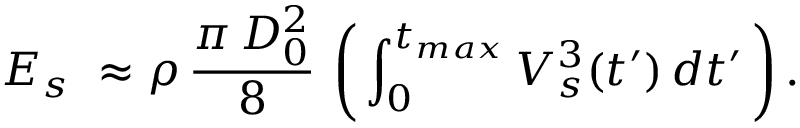
E _ { s } \ \approx \rho \, \frac { \pi \, D _ { 0 } ^ { 2 } } { 8 } \, \left( \, \int _ { 0 } ^ { t _ { m a x } } V _ { s } ^ { 3 } ( t ^ { \prime } ) \, d t ^ { \prime } \, \right) .